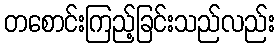
တစောင်းကြည့်ခြင်းသည်လည်း